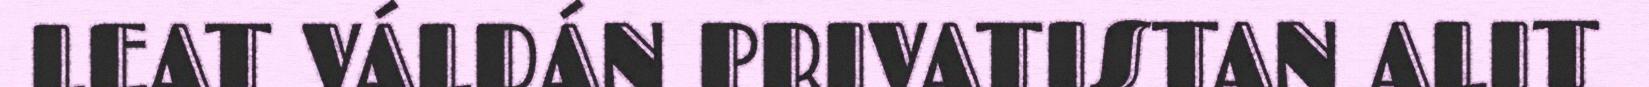
LEAT VÁLDÁN PRIVATISTAN ALIT